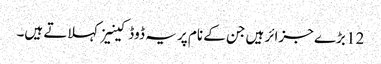
12 بڑے جزائر ہیں جن کے نام پر یہ ڈوڈکینیز کہلاتے ہیں۔